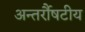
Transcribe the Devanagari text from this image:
अन्तर्रौषटीय